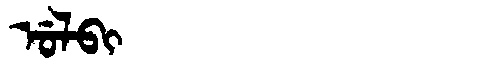
Manchu: ᡠᠯᠪᡳ
Romanization: ULBI